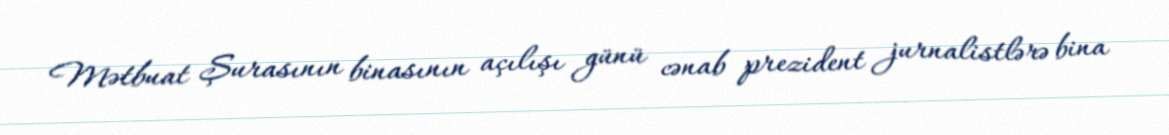
Mətbuat Şurasının binasının açılışı günü cənab prezident jurnalistlərə bina